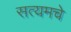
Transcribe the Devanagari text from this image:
सत्यमचे